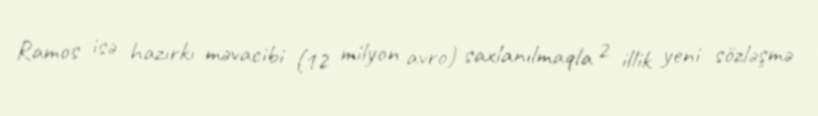
Ramos isə hazırkı məvacibi (12 milyon avro) saxlanılmaqla 2 illik yeni sözləşmə